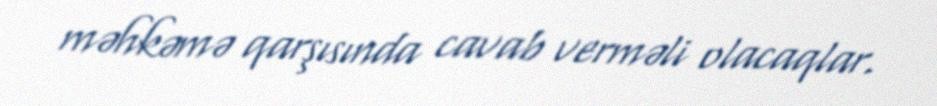
məhkəmə qarşısında cavab verməli olacaqlar.